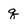
Character: q